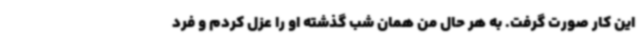
این کار صورت گرفت. به هر حال من همان شب گذشته او را عزل کردم و فرد